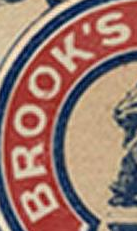
BROOK'S